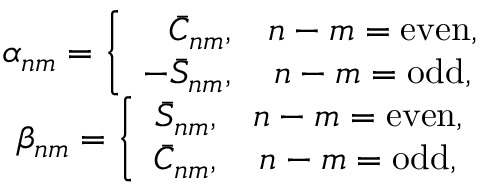
\begin{array} { c } { \alpha _ { n m } = \left\{ \begin{array} { c c } { \phantom { - } \bar { C } _ { n m } , } & { n - m = \mathrm { e v e n } , } \\ { - \bar { S } _ { n m } , } & { n - m = \mathrm { o d d } , } \end{array} \right. } \\ { \beta _ { n m } = \left\{ \begin{array} { c c } { \bar { S } _ { n m } , } & { n - m = \mathrm { e v e n } , } \\ { \bar { C } _ { n m } , } & { n - m = \mathrm { o d d } , } \end{array} \right. } \end{array}